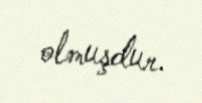
olmuşdur.